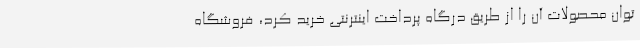
توان محصولات آن را از طریق درگاه پرداخت اینترنتی خرید کرد، فروشگاه